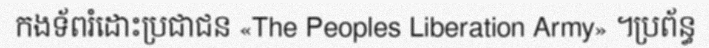
កងទ័ពរំដោះប្រជាជន «The Peoples Liberation Army» ។ប្រព័ន្ធ